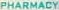
PHARMACY